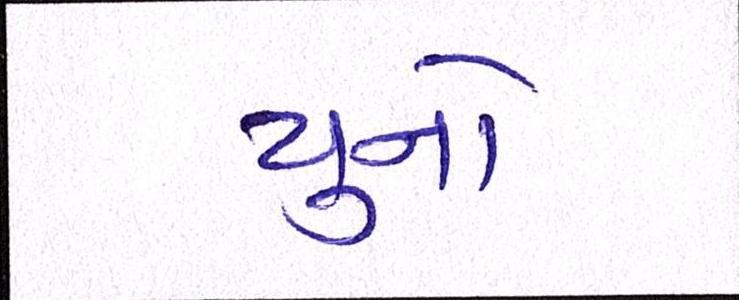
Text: યુનો